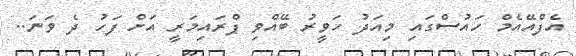
އެފްއޭއެމް ހައުސްގައި މިއަދު ހަވީރު ބޭއްވި ޕްރައިމަރީ އަށް ފަހު ދެ ވަނަ..